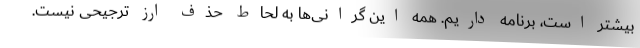
بیشتر است، برنامه داریم. همه این گرانی‌ها به لحاط حذف ارز ترجیحی نیست.